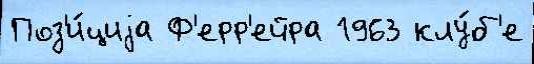
Поз'и́циjа Ф'ерр'ейра 1963 клу́б'е